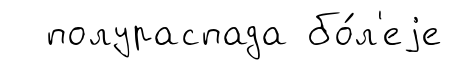
полураспада бо́л'еjе